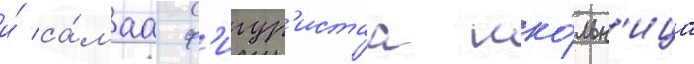
и́ са́маа ф'игур'истаа шко́льн'ица